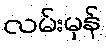
လမ်းမှန်